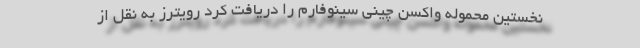
نخستین محموله واکسن چینی سینوفارم را دریافت کرد رویترز به نقل از